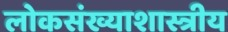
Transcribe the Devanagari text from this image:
लोकसंख्याशास्त्रीय